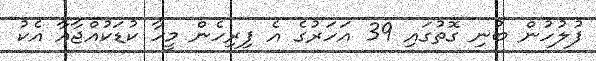
ފުލުހުން ބުނި ގޮތުގައި 39 އަހަރުގެ އެ ފިރިހެން މީހާ ކުޑަކުއްޖާއާ އެކު